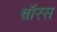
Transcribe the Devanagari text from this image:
चॉरस